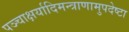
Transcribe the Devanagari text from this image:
पञ्चाक्षर्यादिमन्त्राणामुपदेष्टा